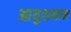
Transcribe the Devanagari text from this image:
आयुशमान